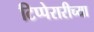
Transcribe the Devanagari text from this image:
टिप्पेरारीच्या